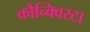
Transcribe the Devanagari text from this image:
कौन्क्विस्टा